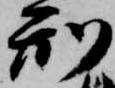
刑